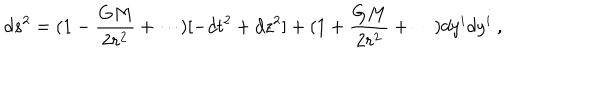
LaTeX: d s ^ { 2 } = ( 1 - { \frac { G M } { 2 r ^ { 2 } } } + \cdots ) [ - d t ^ { 2 } + d z ^ { 2 } ] + ( 1 + { \frac { G M } { 2 r ^ { 2 } } } + \cdots ) d y ^ { i } d y ^ { i } \ ,